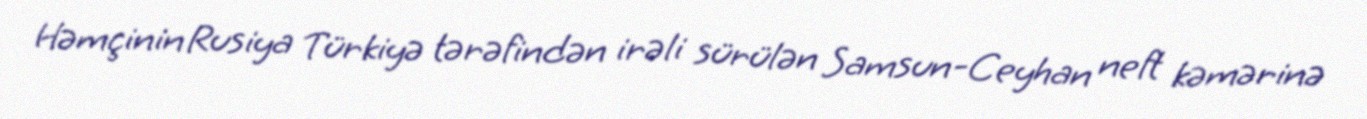
Həmçinin Rusiya Türkiyə tərəfindən irəli sürülən Samsun-Ceyhan neft kəmərinə